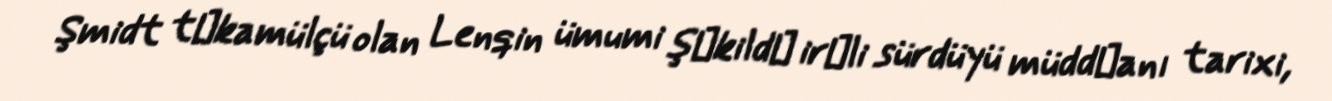
Şmidt tәkamülçü olan Lenqin ümumi şәkildә irәli sürdüyü müddәanı tarixi,